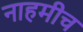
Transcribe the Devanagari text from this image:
नाहमीच